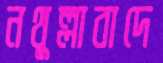
নথুল্লাবাদে